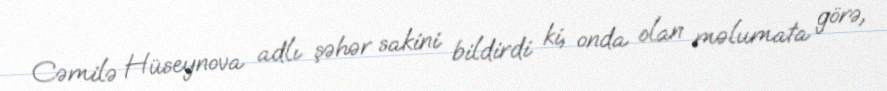
Cəmilə Hüseynova adlı şəhər sakini bildirdi ki, onda olan məlumata görə,